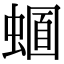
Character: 𧏈